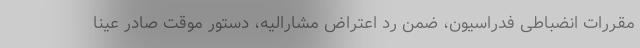
مقررات انضباطی فدراسیون، ضمن رد اعتراض مشارالیه، دستور موقت صادر عینا